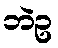
ဘဲဥ